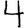
Digit: 4